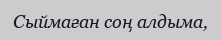
Сыймаған соң алдыма,